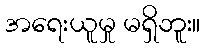
အရေးယူမှု မရှိဘူး။